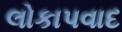
લોકાપવાદ